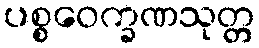
ပစ္စဝေက္ခဏသုတ္တ